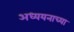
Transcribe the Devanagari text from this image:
अध्ययनाच्या